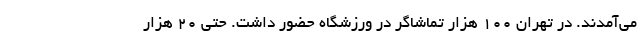
می‌آمدند. در تهران ۱۰۰ هزار تماشاگر در ورزشگاه حضور داشت. حتی ۲۰ هزار